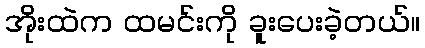
အိုးထဲက ထမင်းကို ခူးပေးခဲ့တယ်။